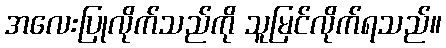
အလေးပြုလိုက်သည်ကို သူမြင်လိုက်ရသည်။